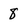
Character: 8